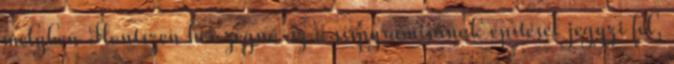
melyben Hontszen herczegnő az ő sírpyramisának építését jegyzi fel,